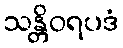
သန္တိဝရပဒံ